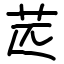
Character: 苉